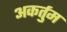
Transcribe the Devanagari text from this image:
अकर्तुम